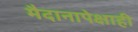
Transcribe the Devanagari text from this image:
मैदानापेक्षाही